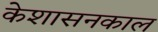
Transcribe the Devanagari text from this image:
केशासनकाल